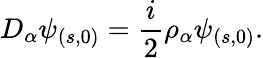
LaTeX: D_{\alpha}\psi_{(s,0)}=\frac{i}{2}\rho_{\alpha}\psi_{(s,0)}.